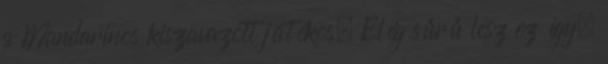
a Mandarinos kiszavazott játékos. Elég sűrű lesz ez így,